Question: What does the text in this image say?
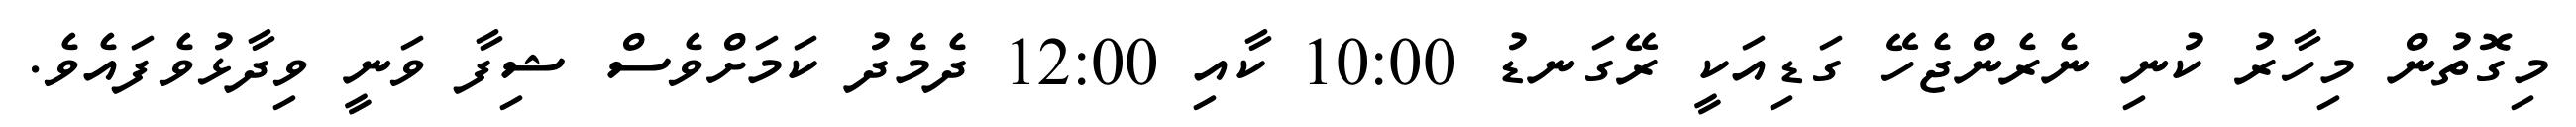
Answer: މިގޮތުން މިހާރު ކުނި ނެރެންޖެހޭ ގަޑިއަކީ ރޭގަނޑު 10:00 ކާއި 12:00 ދެމެދު ކަމަށްވެސް ޝިފާ ވަނީ ވިދާޅުވެފައެވެ.